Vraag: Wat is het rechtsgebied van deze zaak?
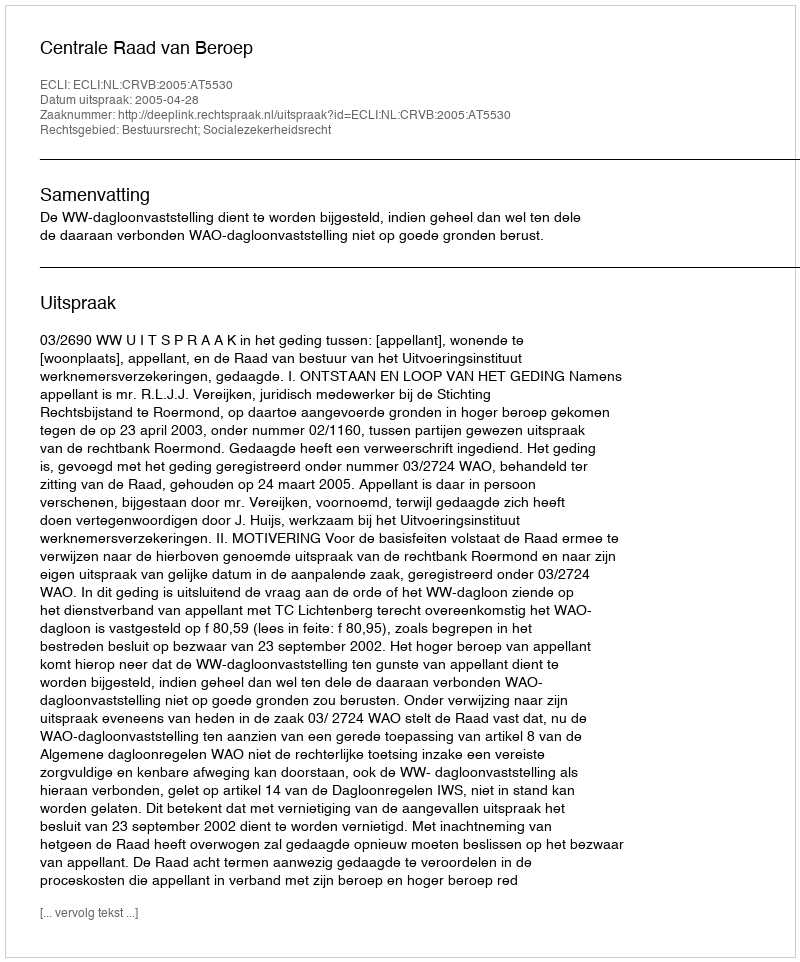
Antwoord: Bestuursrecht; Socialezekerheidsrecht